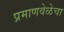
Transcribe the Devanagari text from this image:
प्रमाणवेळेचा